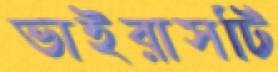
ভাইরাসটি